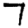
Digit: 7